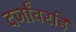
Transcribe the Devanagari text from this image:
दर्जांवरहि